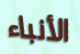
الأنباء